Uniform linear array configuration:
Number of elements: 24
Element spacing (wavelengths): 0.75
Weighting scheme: uniform
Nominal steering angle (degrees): -45
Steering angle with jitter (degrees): -46.405
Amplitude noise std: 0.05
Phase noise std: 0.05

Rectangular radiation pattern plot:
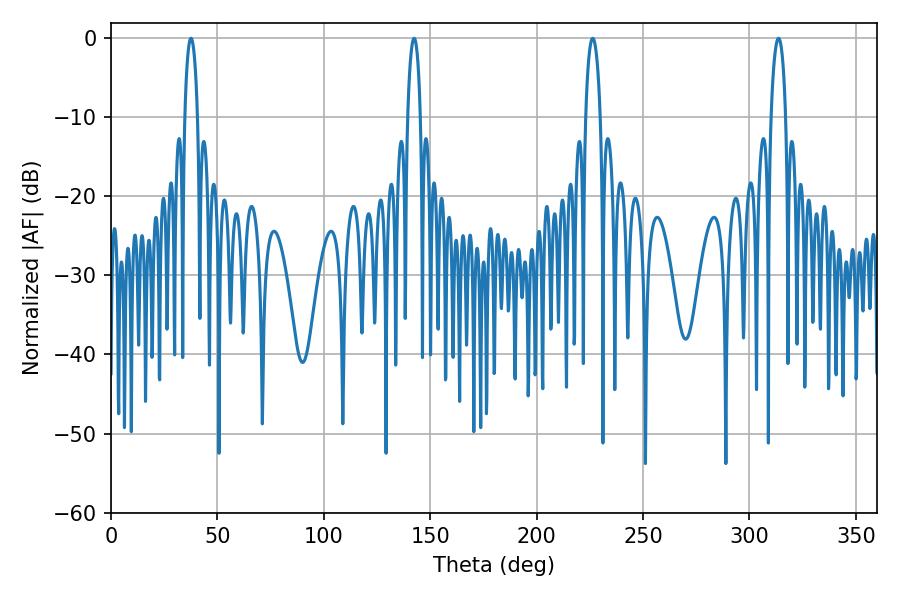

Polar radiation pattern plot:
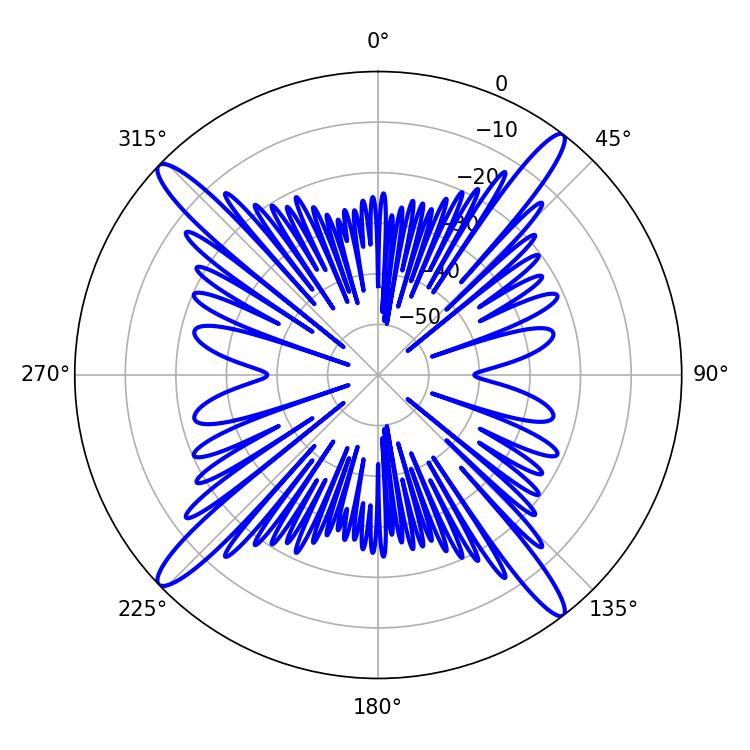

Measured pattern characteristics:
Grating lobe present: TRUE
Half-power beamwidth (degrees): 3.24
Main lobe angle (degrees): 37.62